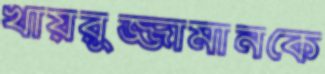
খায়রুজ্জামানকে